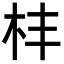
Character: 㭋